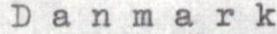
Danmark